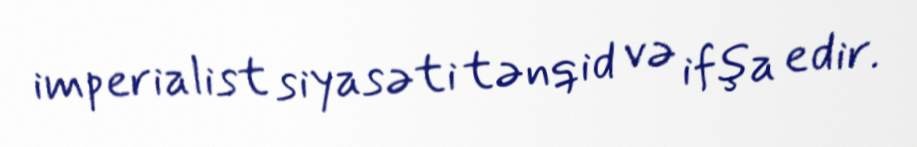
imperialist siyasəti tənqid və ifşa edir.